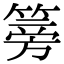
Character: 篣